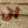
ان